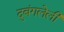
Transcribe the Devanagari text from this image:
दुबंगलेली